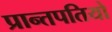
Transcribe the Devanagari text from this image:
प्रान्तपतियो